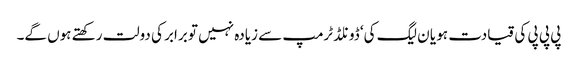
پی پی پی کی قیادت ہو یا ن لیگ کی‘ ڈونلڈ ٹرمپ سے زیادہ نہیں تو برابر کی دولت رکھتے ہوں گے۔